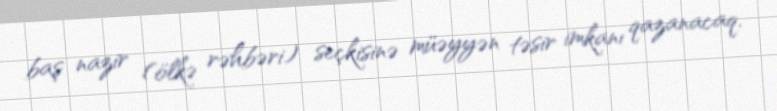
baş nazir (ölkə rəhbəri) seçkisinə müəyyən təsir imkanı qazanacaq.